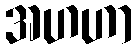
အဟဟာ